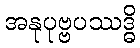
အနုပုဗ္ဗပဿဒ္ဓိ